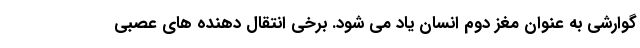
گوارشی به عنوان مغز دوم انسان یاد می شود. برخی انتقال دهنده های عصبی